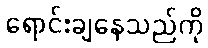
ရောင်းချနေသည်ကို